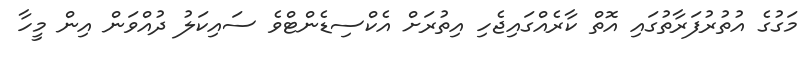
މަގުގެ އުތުރުފަރާތުގައި އޮތް ކާރެއްގައިޖެހި އިތުރަށް އެކްސިޑެންޓްވެ ސައިކަލު ދުއްވަން އިން މީހާ